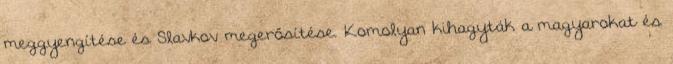
meggyengítése és Slavkov megerősítése. Komolyan kihagyták a magyarokat és